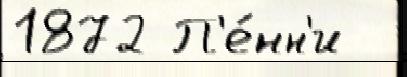
1872 П'е́нн'и